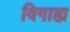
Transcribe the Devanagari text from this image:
विगाह्य